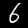
Digit: 6